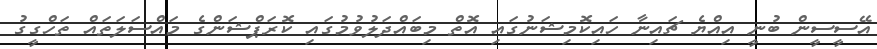
އޭސީސީން ބުނީ އިއްޔެ ޗައިނާ ހައިކޮމިޝަނުގައި އޮތް މިބައްދަލުވުމުގައި ކޮރަޕްޝަންގެ މައްސަލަތައް ތަހްގީގު